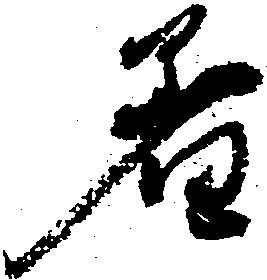
着